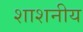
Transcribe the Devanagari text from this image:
शाशनीय